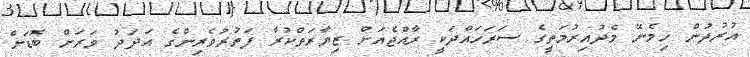
އުރުދުން ހިމެނޭ މެދުއިރުމަތީގެ ސަރަހައްދަކީ ރާއްޖެއަށް ޒިޔާރަތްކުރާ ފަތުރުވެރިންގެ އަދަދު ވަރަށް ބޮޑަށް